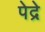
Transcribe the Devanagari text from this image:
पेद्रे